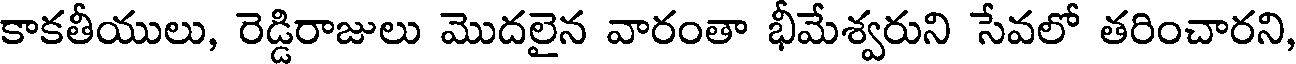
కాకతీయులు, రెడ్డిరాజులు మొదలైన వారంతా భీమేశ్వరుని సేవలో తరించారని,